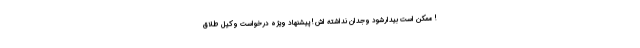
! ممکن است بیدارشود وجدان نداشته اش ! پیشنهاد ویژه درخواست وکیل طلاق